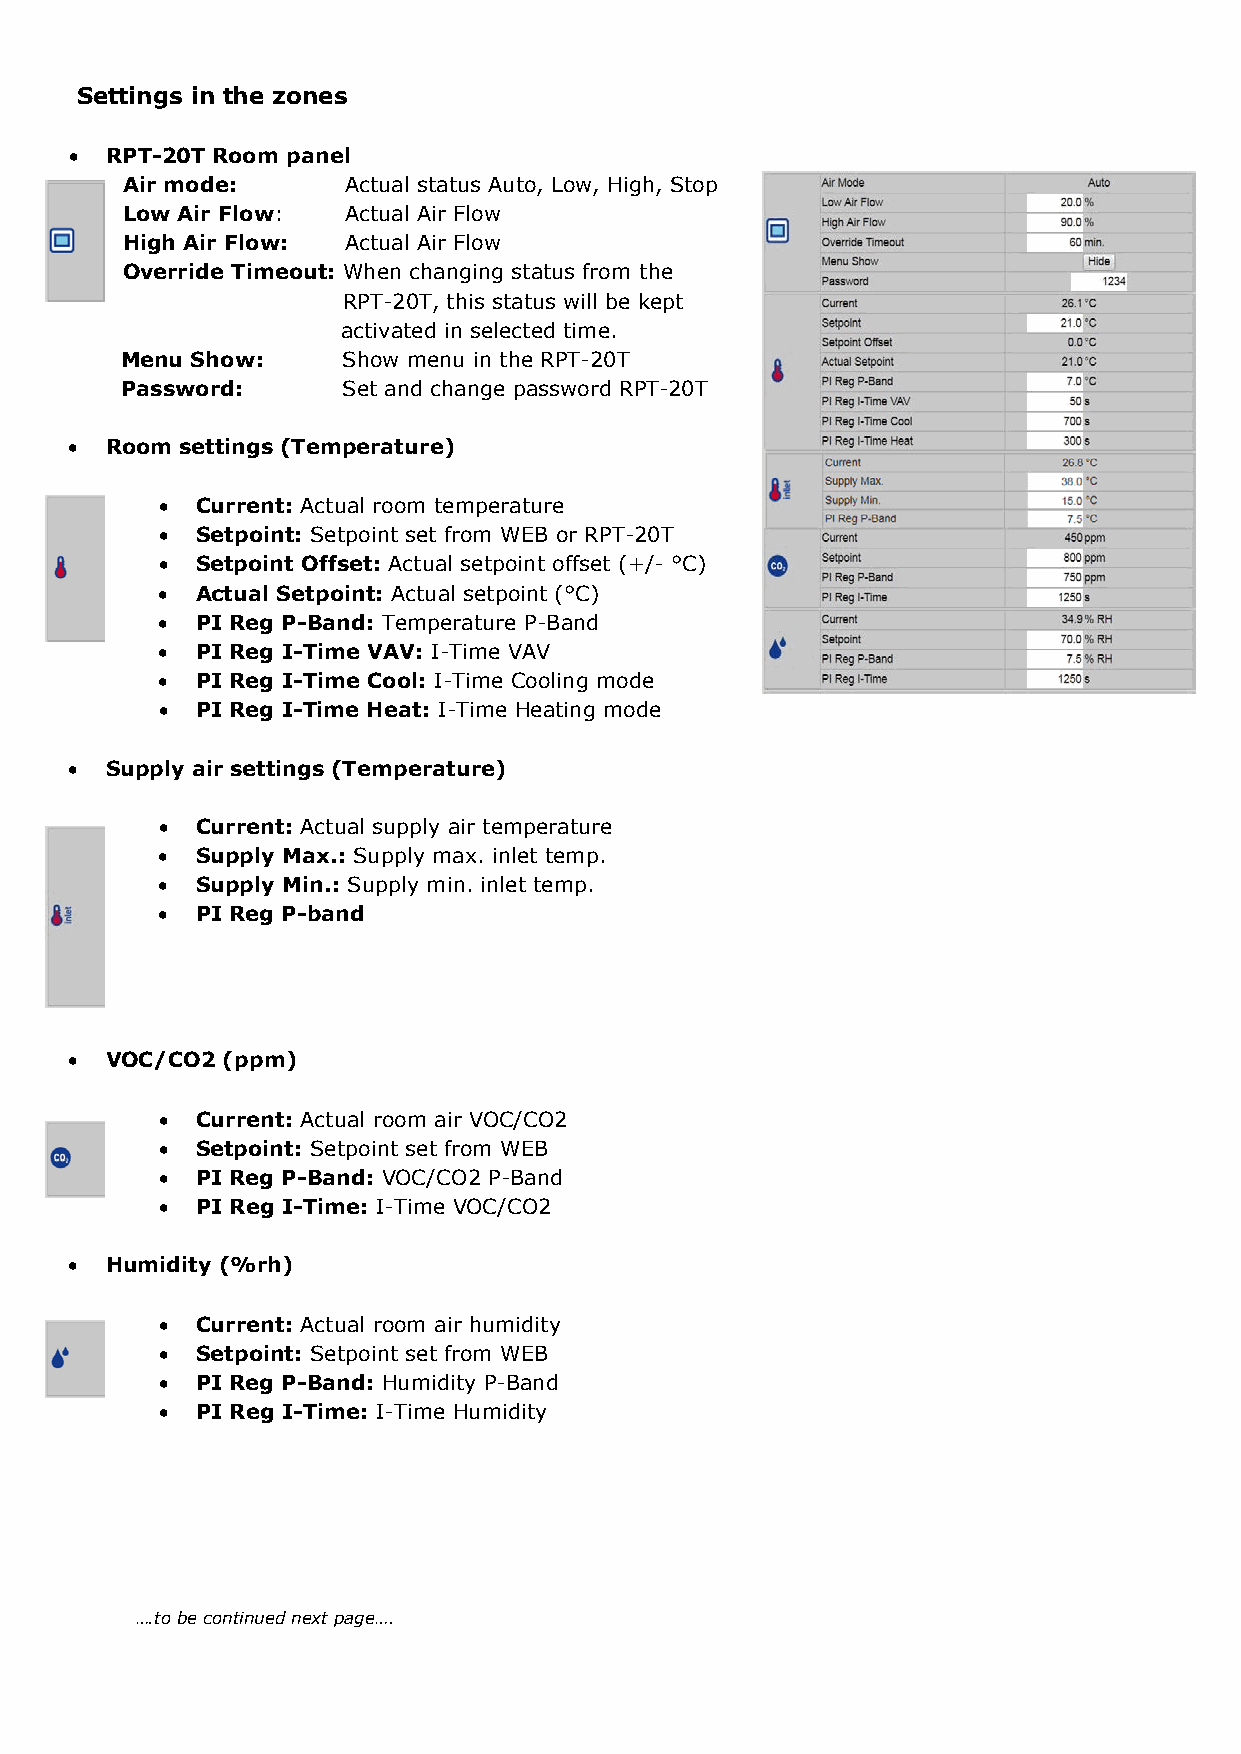
Settings in the zones
 • RPT-20T Room panel
 Air mode:      Actual status Auto, Low, High, Stop
 Low Air Flow:  Actual Air Flow
 High Air Flow: Actual Air Flow
 Override Timeout: When changing status from the
 RPT-20T, this status will be kept
 activated in selected time.
 Menu Show:     Show menu in the RPT-20T
 Password:      Set and change password RPT-20T
 • Room settings (Temperature)
 •  Current: Actual room temperature
 •  Setpoint: Setpoint set from WEB or RPT-20T
 •  Setpoint Offset: Actual setpoint offset (+/- °C)
 •  Actual Setpoint: Actual setpoint (°C)
 •  PI Reg P-Band: Temperature P-Band
 •  PI Reg I-Time VAV: I-Time VAV
 •  PI Reg I-Time Cool: I-Time Cooling mode
 •  PI Reg I-Time Heat: I-Time Heating mode
 • Supply air settings (Temperature)
 •  Current: Actual supply air temperature
 •  Supply Max.: Supply max. inlet temp.
 •  Supply Min.: Supply min. inlet temp.
 •  PI Reg P-band
 • VOC/CO2 (ppm)
 •  Current: Actual room air VOC/CO2
 •  Setpoint: Setpoint set from WEB
 •  PI Reg P-Band: VOC/CO2 P-Band
 •  PI Reg I-Time: I-Time VOC/CO2
 • Humidity (%rh)
 •  Current: Actual room air humidity
 •  Setpoint: Setpoint set from WEB
 •  PI Reg P-Band: Humidity P-Band
 •  PI Reg I-Time: I-Time Humidity
 ….to be continued next page….